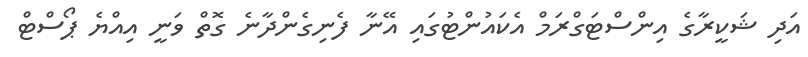
އަދި ޝަކީރާގެ އިންސްޓަގްރަމް އެކައުންޓުގައި އޭނާ ފެނިގެންދާނެ ގޮތް ވަނީ އިއްޔެ ޕޯސްޓް